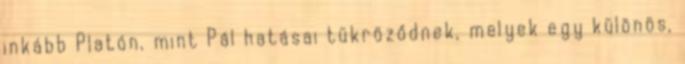
inkább Platón, mint Pál hatásai tükröződnek, melyek egy különös,